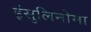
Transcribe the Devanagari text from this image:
इंसुलिनोमा